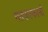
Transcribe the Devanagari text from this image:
मतफरकानी